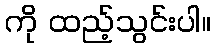
ကို ထည့်သွင်းပါ။